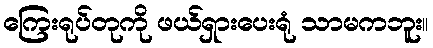
ကြေးရုပ်တုကို ဖယ်ရှားပေးရုံ သာမကဘူး။